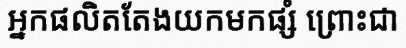
អ្នកផលិតតែងយកមកផ្សំ ព្រោះជា